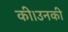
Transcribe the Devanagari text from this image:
की।उनकी